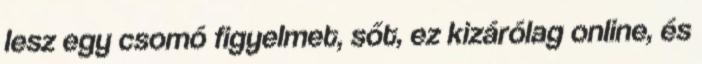
lesz egy csomó figyelmet, sőt, ez kizárólag online, és